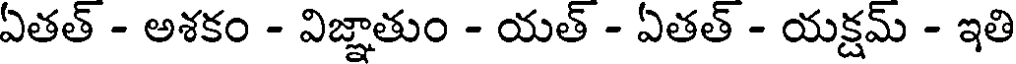
ఏతత్ - అశకం - విజ్ఞాతుం - యత్ - ఏతత్ - యక్షమ్ - ఇతి